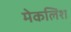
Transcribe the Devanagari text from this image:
मेकलिश